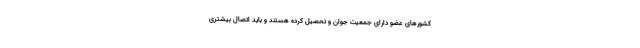
کشور‌های عضو دارای جمعیت جوان و تحصیل کرده هستند و باید اتصال بیشتری